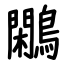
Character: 鷴